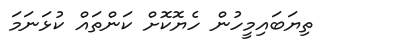
ތިޔަބައިމީހުން ހެޔޮކޮށް ކަންތައް ކުޅަނަމަ